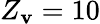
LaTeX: Z_{\mathbf{v}}=10